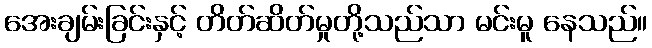
အေးချမ်းခြင်းနှင့် တိတ်ဆိတ်မှုတို့သည်သာ မင်းမူ နေသည်။